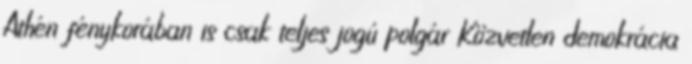
Athén fénykorában is csak teljes jogú polgár Közvetlen demokrácia